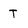
Character: T